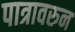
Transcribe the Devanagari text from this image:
पात्रावरुन